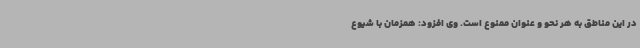
در این مناطق به هر نحو و عنوان ممنوع است. وی افزود: همزمان با شیوع